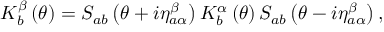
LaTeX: K _ { b } ^ { \beta } \left( \theta \right) = S _ { a b } \left( \theta + i \eta _ { a \alpha } ^ { \beta } \right) K _ { b } ^ { \alpha } \left( \theta \right) S _ { a b } \left( \theta - i \eta _ { a \alpha } ^ { \beta } \right) ,